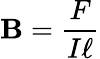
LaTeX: \mathbf{B}={\frac{{F}}{{I\ell}}}